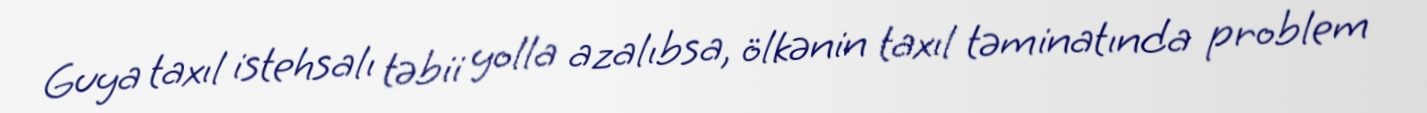
Guya taxıl istehsalı təbii yolla azalıbsa, ölkənin taxıl təminatında problem